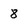
Character: 8